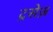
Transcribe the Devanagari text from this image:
ट्रसेज़